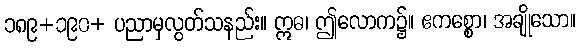
၁၈၉+၁၉၀+ ပညာမှလွတ်သနည်း။ ဣဓ၊ ဤလောက၌။ ဧကစ္စော၊ အချိုသော။